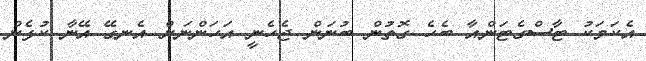
އެކަމަކު ޓާސްގެޓަންއާ ބެހެ ގޮތުން ބުނަން ޖެހެނީ އަހަންނަށް އެނގޭ އޭނާ ކުޅެން